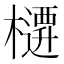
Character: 𭬜